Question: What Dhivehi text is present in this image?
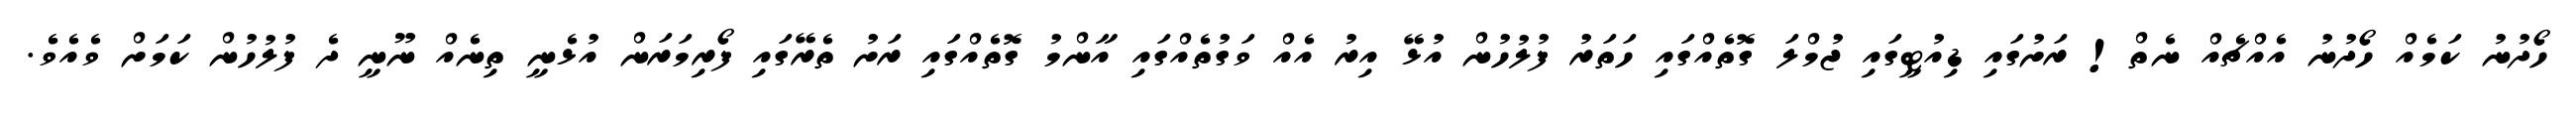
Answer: ހޯދުނު ކަމެއް ހޯދުނު އެއްޗެއް ނެތް! ރަށުގައި ޑިއުޓީގައި ޖުމްލަ ގޮތެއްގައި ހަތަރު ފުލުހުން އުޅޭ އިރު އެއް ވަގުތެއްގައި އާންމު ގޮތެއްގައި ރަށު ތެރޭގައި ފޯރިމަރަން އުޅެނީ ތިނެއް ނޫނީ ދެ ފުލުހުން ކަމަށް ވެއެވެ.